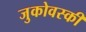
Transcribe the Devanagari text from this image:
जुकोवस्की